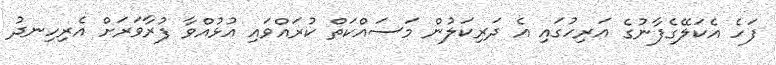
ފަހެ އެކަލޭގެފާނުގެ އަރިހުގައި އެ ދަރިކަލުން މަސައްކަތް ކުރައްވައި އުޅުއްވާ ފުރާވަރަށް އެރިހިނދު